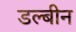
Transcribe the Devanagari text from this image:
डल्बीन